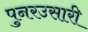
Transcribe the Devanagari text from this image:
पुनरउसारी